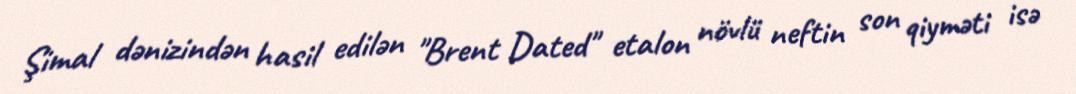
Şimal dənizindən hasil edilən "Brent Dated" etalon növlü neftin son qiyməti isə